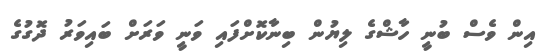
އިން ވެސް ބުނީ ހާޝްގެ ލިޔުން ބިނާކޮށްފައި ވަނީ ވަރަށް ބައިވަރު ދޮގުގެ